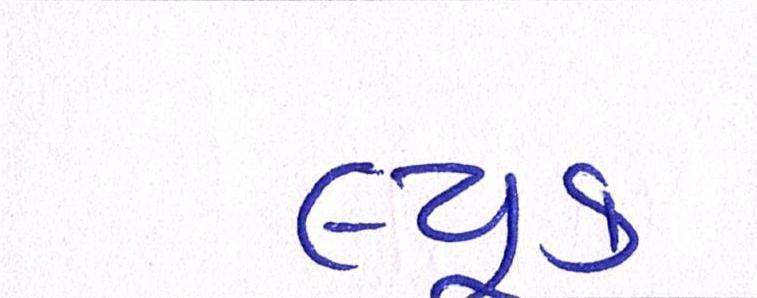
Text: લ્યૂક